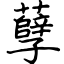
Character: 孽